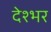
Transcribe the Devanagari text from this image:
देश्भर